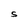
Character: S